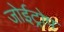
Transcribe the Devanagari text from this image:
जोईट्रोप